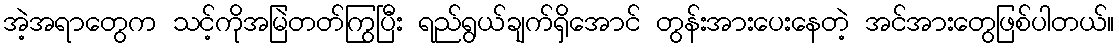
အဲ့အရာတွေက သင့်ကိုအမြဲတတ်ကြွပြီး ရည်ရွယ်ချက်ရှိအောင် တွန်းအားပေးနေတဲ့ အင်အားတွေဖြစ်ပါတယ်။